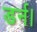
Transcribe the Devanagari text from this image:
डर्न।